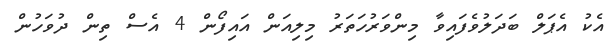
އެކު އެޕަލް ބަދަލުވެފައިވާ މިންވަރުހަތަރު މިލިއަން އައިފޯން 4 އެސް ތިން ދުވަހުން